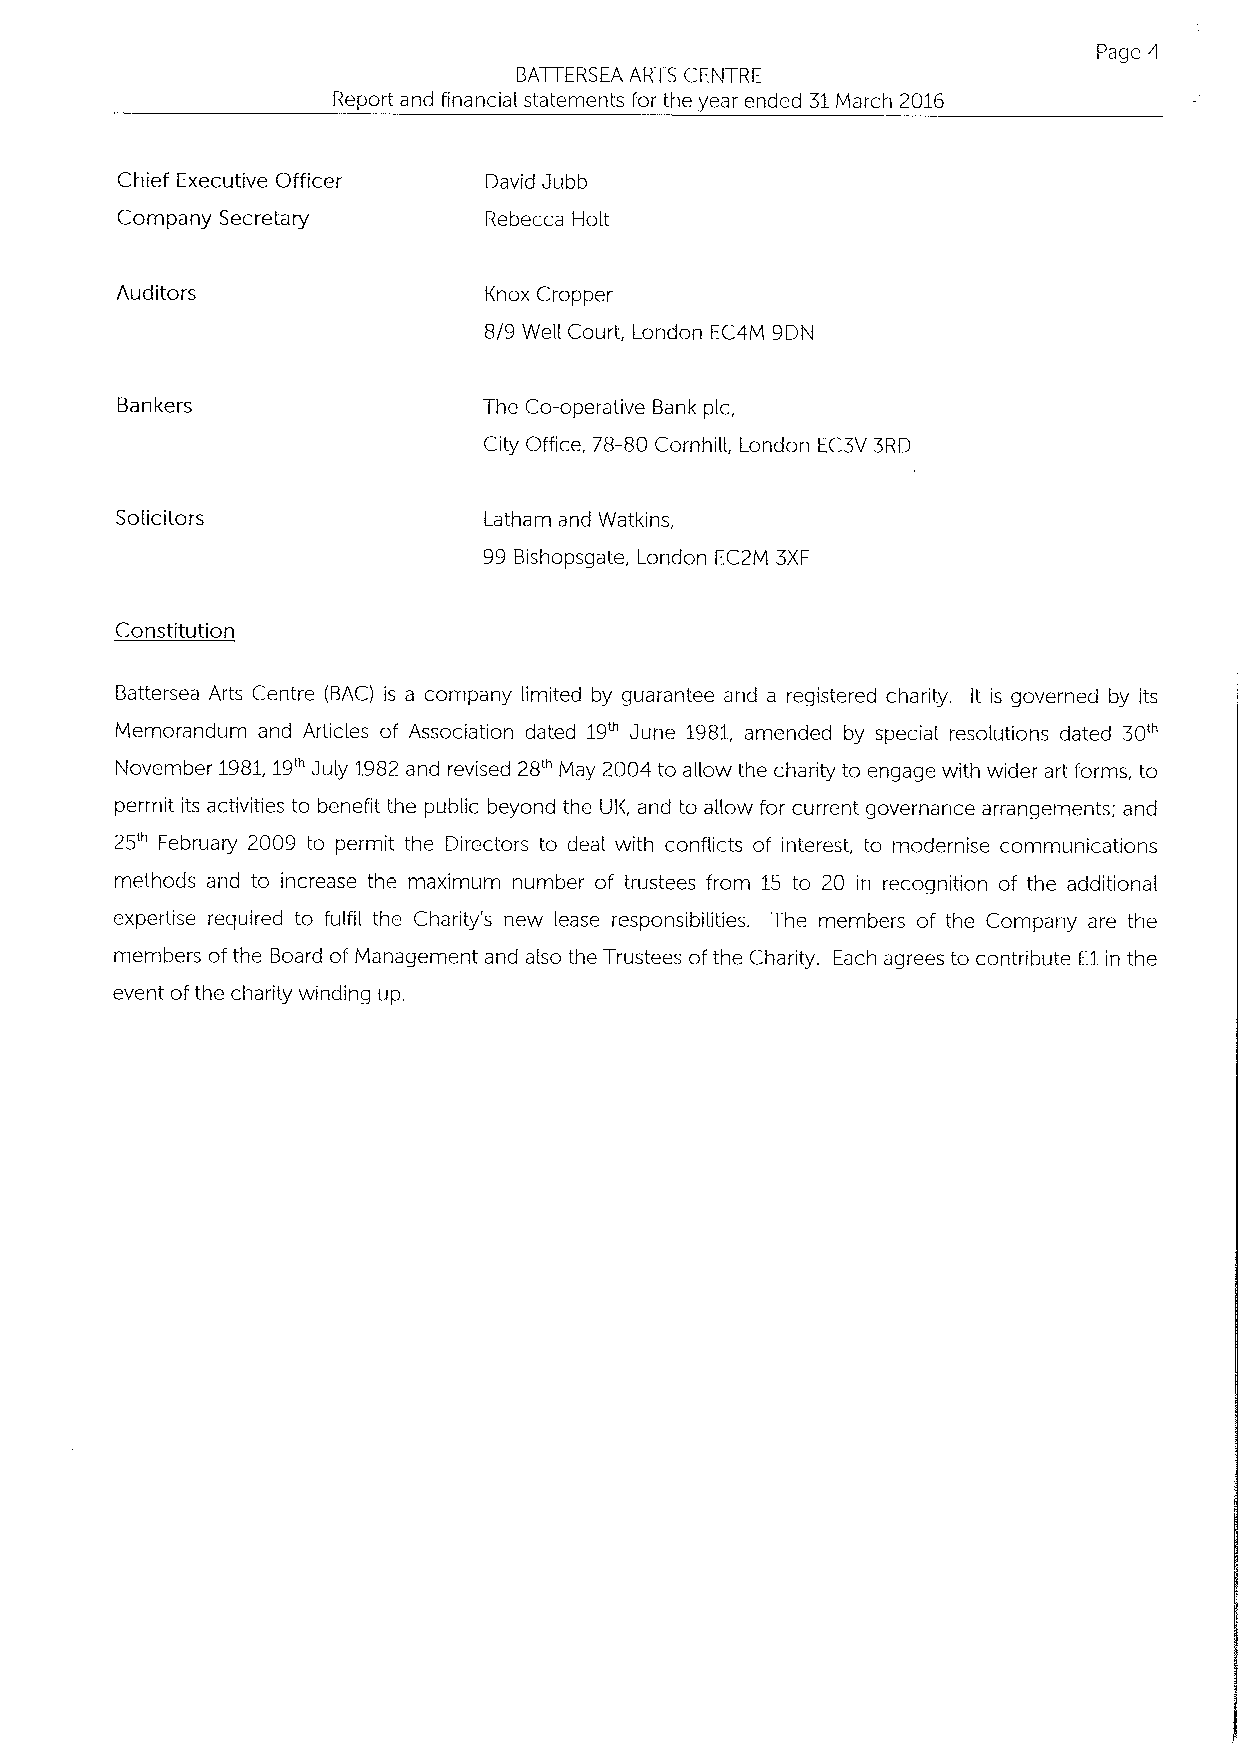
Page 4
 BATTERSEA ARTS CENTRE
 Report and financial statements for the year ended 31March 2016
 Chief Executive Officer David Jubb
 Company Secretary       Rebecca Holt
 Auditors                Knox Cropper
 8/9 Well Court, London EC4M 9DN
 Bankers                 The Co-operative Bank pic,
 City Office, 78-80 Cornhill, London EC3V 3RD
 Solicitors              Latham and Watkins,
 99 Bishopsgate, London EC2M 3XF
 Constitution
 Battersea Arts Centre (BAC) is a company limited by guarantee and a registered charity. It is governed by its
 Memorandum and Articles of Association dated 19~ June 1981, amended by special resolutions dated 30'"
 November 1981,19" July 1982and revised 28'" May 2004 to allow the charity to engage with wider art forms, to
 permit its activities to benefit the public beyond the UK, and to aHow for current governance arrangements; and
 25'" February 2009 to permit the Directors to deal with conflicts of interest, to modernise communications
 methods and to increase the maximum number of trustees from 15 to 20 in recognition of the additional
 expertise required to fulfil the Charity's new lease responsibilities, The members of the Company are the
 members of the Board of Management and also the Trustees ofthe Charity. Each agrees to contribute E1in the
 event ofthe charity winding up.